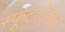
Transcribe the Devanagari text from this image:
स्फूटलेखन